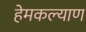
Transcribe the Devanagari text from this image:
हेमकल्याण